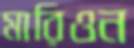
মারিওন